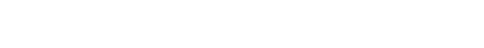
ကယ်ထိုက်သူကို ထိုက်ထိုက်တန်တန်ကြီး ကယ်ဆယ်စောင်မလိုက်ရသော ကောင်းမှုကြောင့်လဲ ရင်ထဲတွင်